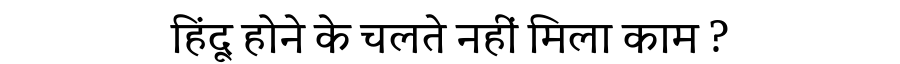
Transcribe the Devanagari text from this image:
हिंदू होने के चलते नहीं मिला काम ?